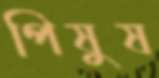
পিষুষ